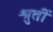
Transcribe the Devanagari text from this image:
श्रुतीं